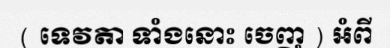
( ទេវតា ទាំងនោះ ចេញ ) អំពី